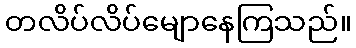
တလိပ်လိပ်မျောနေကြသည်။